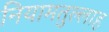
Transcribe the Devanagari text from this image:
नियामतुल्लाह